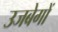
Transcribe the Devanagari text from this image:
उजबेगों